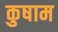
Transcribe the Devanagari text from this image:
कुषाम